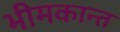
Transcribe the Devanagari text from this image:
भीमकान्त